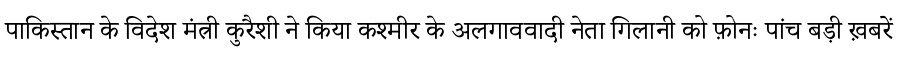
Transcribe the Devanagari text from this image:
पाकिस्तान के विदेश मंत्री कुरैशी ने किया कश्मीर के अलगाववादी नेता गिलानी को फ़ोनः पांच बड़ी ख़बरें